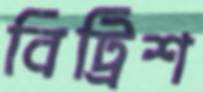
বিট্রিশ